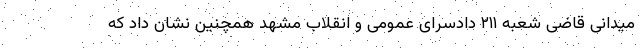
میدانی قاضی شعبه ۲۱۱ دادسرای عمومی و انقلاب مشهد همچنین نشان داد که